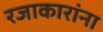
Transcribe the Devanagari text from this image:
रजाकारांना